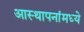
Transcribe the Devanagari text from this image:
आस्‍थापनांमध्‍ये